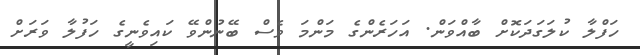
ހަފްލާ ކުލަގަދަކޮށް ބާއްވަން. އަހަރެންގެ މަންމަ ވެސް ބޭނުންވޭ ކައިވެނީގެ ހަފުލާ ވަރަށް